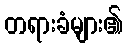
တရားခံများ၏